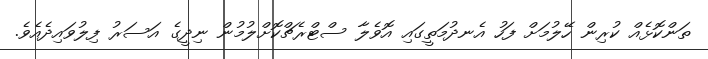
ތަންކޮޅެއް ކުރިން ހޭލުމަށް ފަހު އެނދުމަތީގައި އޮވެލާ ސްޓްރެޗްކޮށްލުމުން ނިދީގެ އަސަރު ފިލުވައިދެއެވެ.